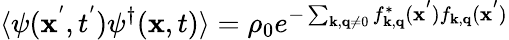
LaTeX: \langle\psi({\mathbf{x}}^{'},t^{'})\psi^{\dagger}({\mathbf{x}},t)\rangle=\rho_{0}e^{-\sum_{{\mathbf{k}},{\mathbf{q}}\neq 0}f_{{\mathbf{k}},{\mathbf{q}}}^{*}({\mathbf{x}}^{'})f_{{\mathbf{k}},{\mathbf{q}}}({\mathbf{x}}^{'})}